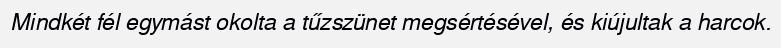
Mindkét fél egymást okolta a tűzszünet megsértésével, és kiújultak a harcok.